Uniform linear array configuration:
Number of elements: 8
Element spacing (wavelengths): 1
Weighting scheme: uniform
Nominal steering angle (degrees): -60
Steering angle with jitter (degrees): -59.44
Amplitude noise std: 0.05
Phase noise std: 0.05

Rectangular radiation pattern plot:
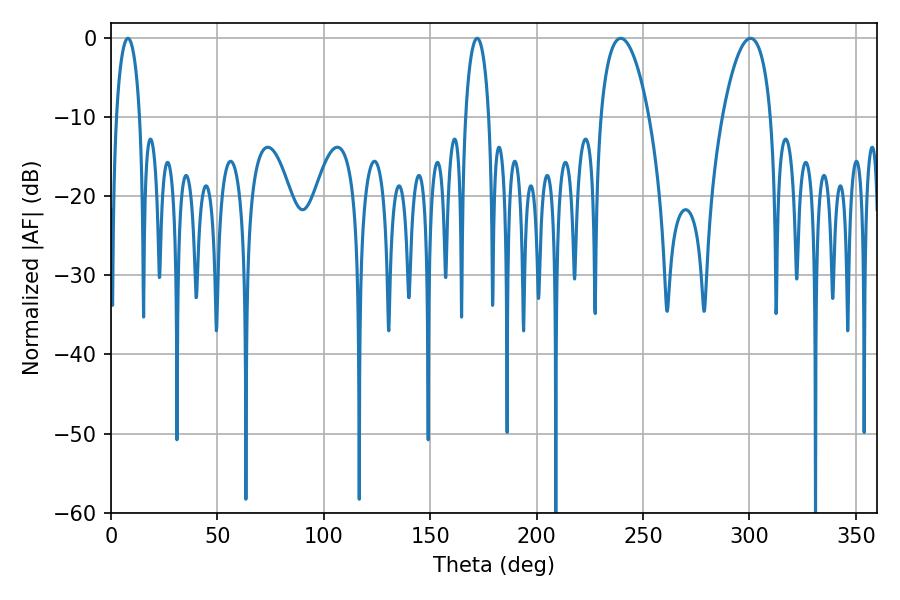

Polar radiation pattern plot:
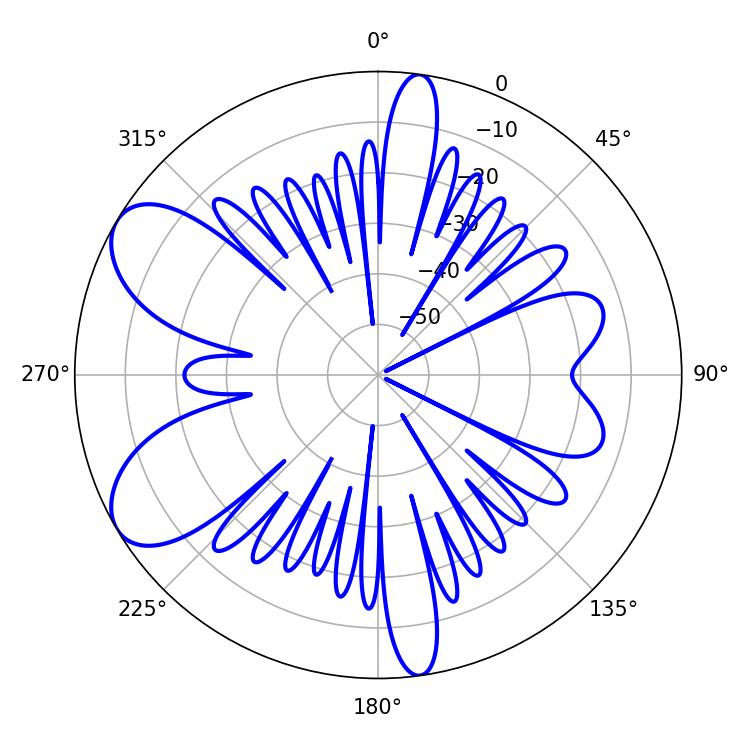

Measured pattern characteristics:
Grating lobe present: TRUE
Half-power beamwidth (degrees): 6.3
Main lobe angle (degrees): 7.92